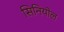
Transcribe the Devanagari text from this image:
सिनियोल